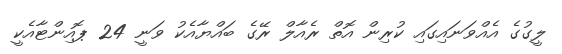
ލީގުގެ އެއްވަނައިގައި ކުރިން އޮތް ރެއާލް ރޭގެ ބައްޔާއެކު ވަނީ 24 ޕޮއިންޓާއެކީ